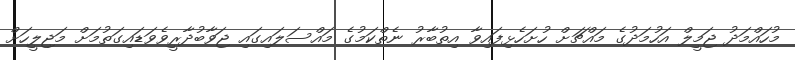
މުހައްމަދު ޖަމީލް އަހުމަދުގެ މައްޗަށް ހުށަހެޅިފައިވާ އިތުބާރު ނެތްކަމުގެ މައްސަލައިގައި ޖަވާބުދާރީވެވަޑައިގަތުމަށް މަޖިލީހަށް